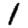
Digit: 1